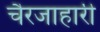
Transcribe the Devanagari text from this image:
चैरजाहारी